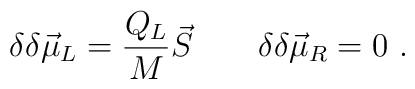
\delta\delta\vec\mu_L={Q_L\over M}\vec S\qquad \delta\delta\vec\mu_R=0\ .